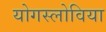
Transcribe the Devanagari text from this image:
योगस्लोविया